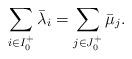
LaTeX: \begin{align*} \sum_{i \in I_0^+} \bar{\lambda}_i = \sum_{j \in J_0^+} \bar{\mu}_j. \end{align*}